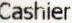
CASHIER